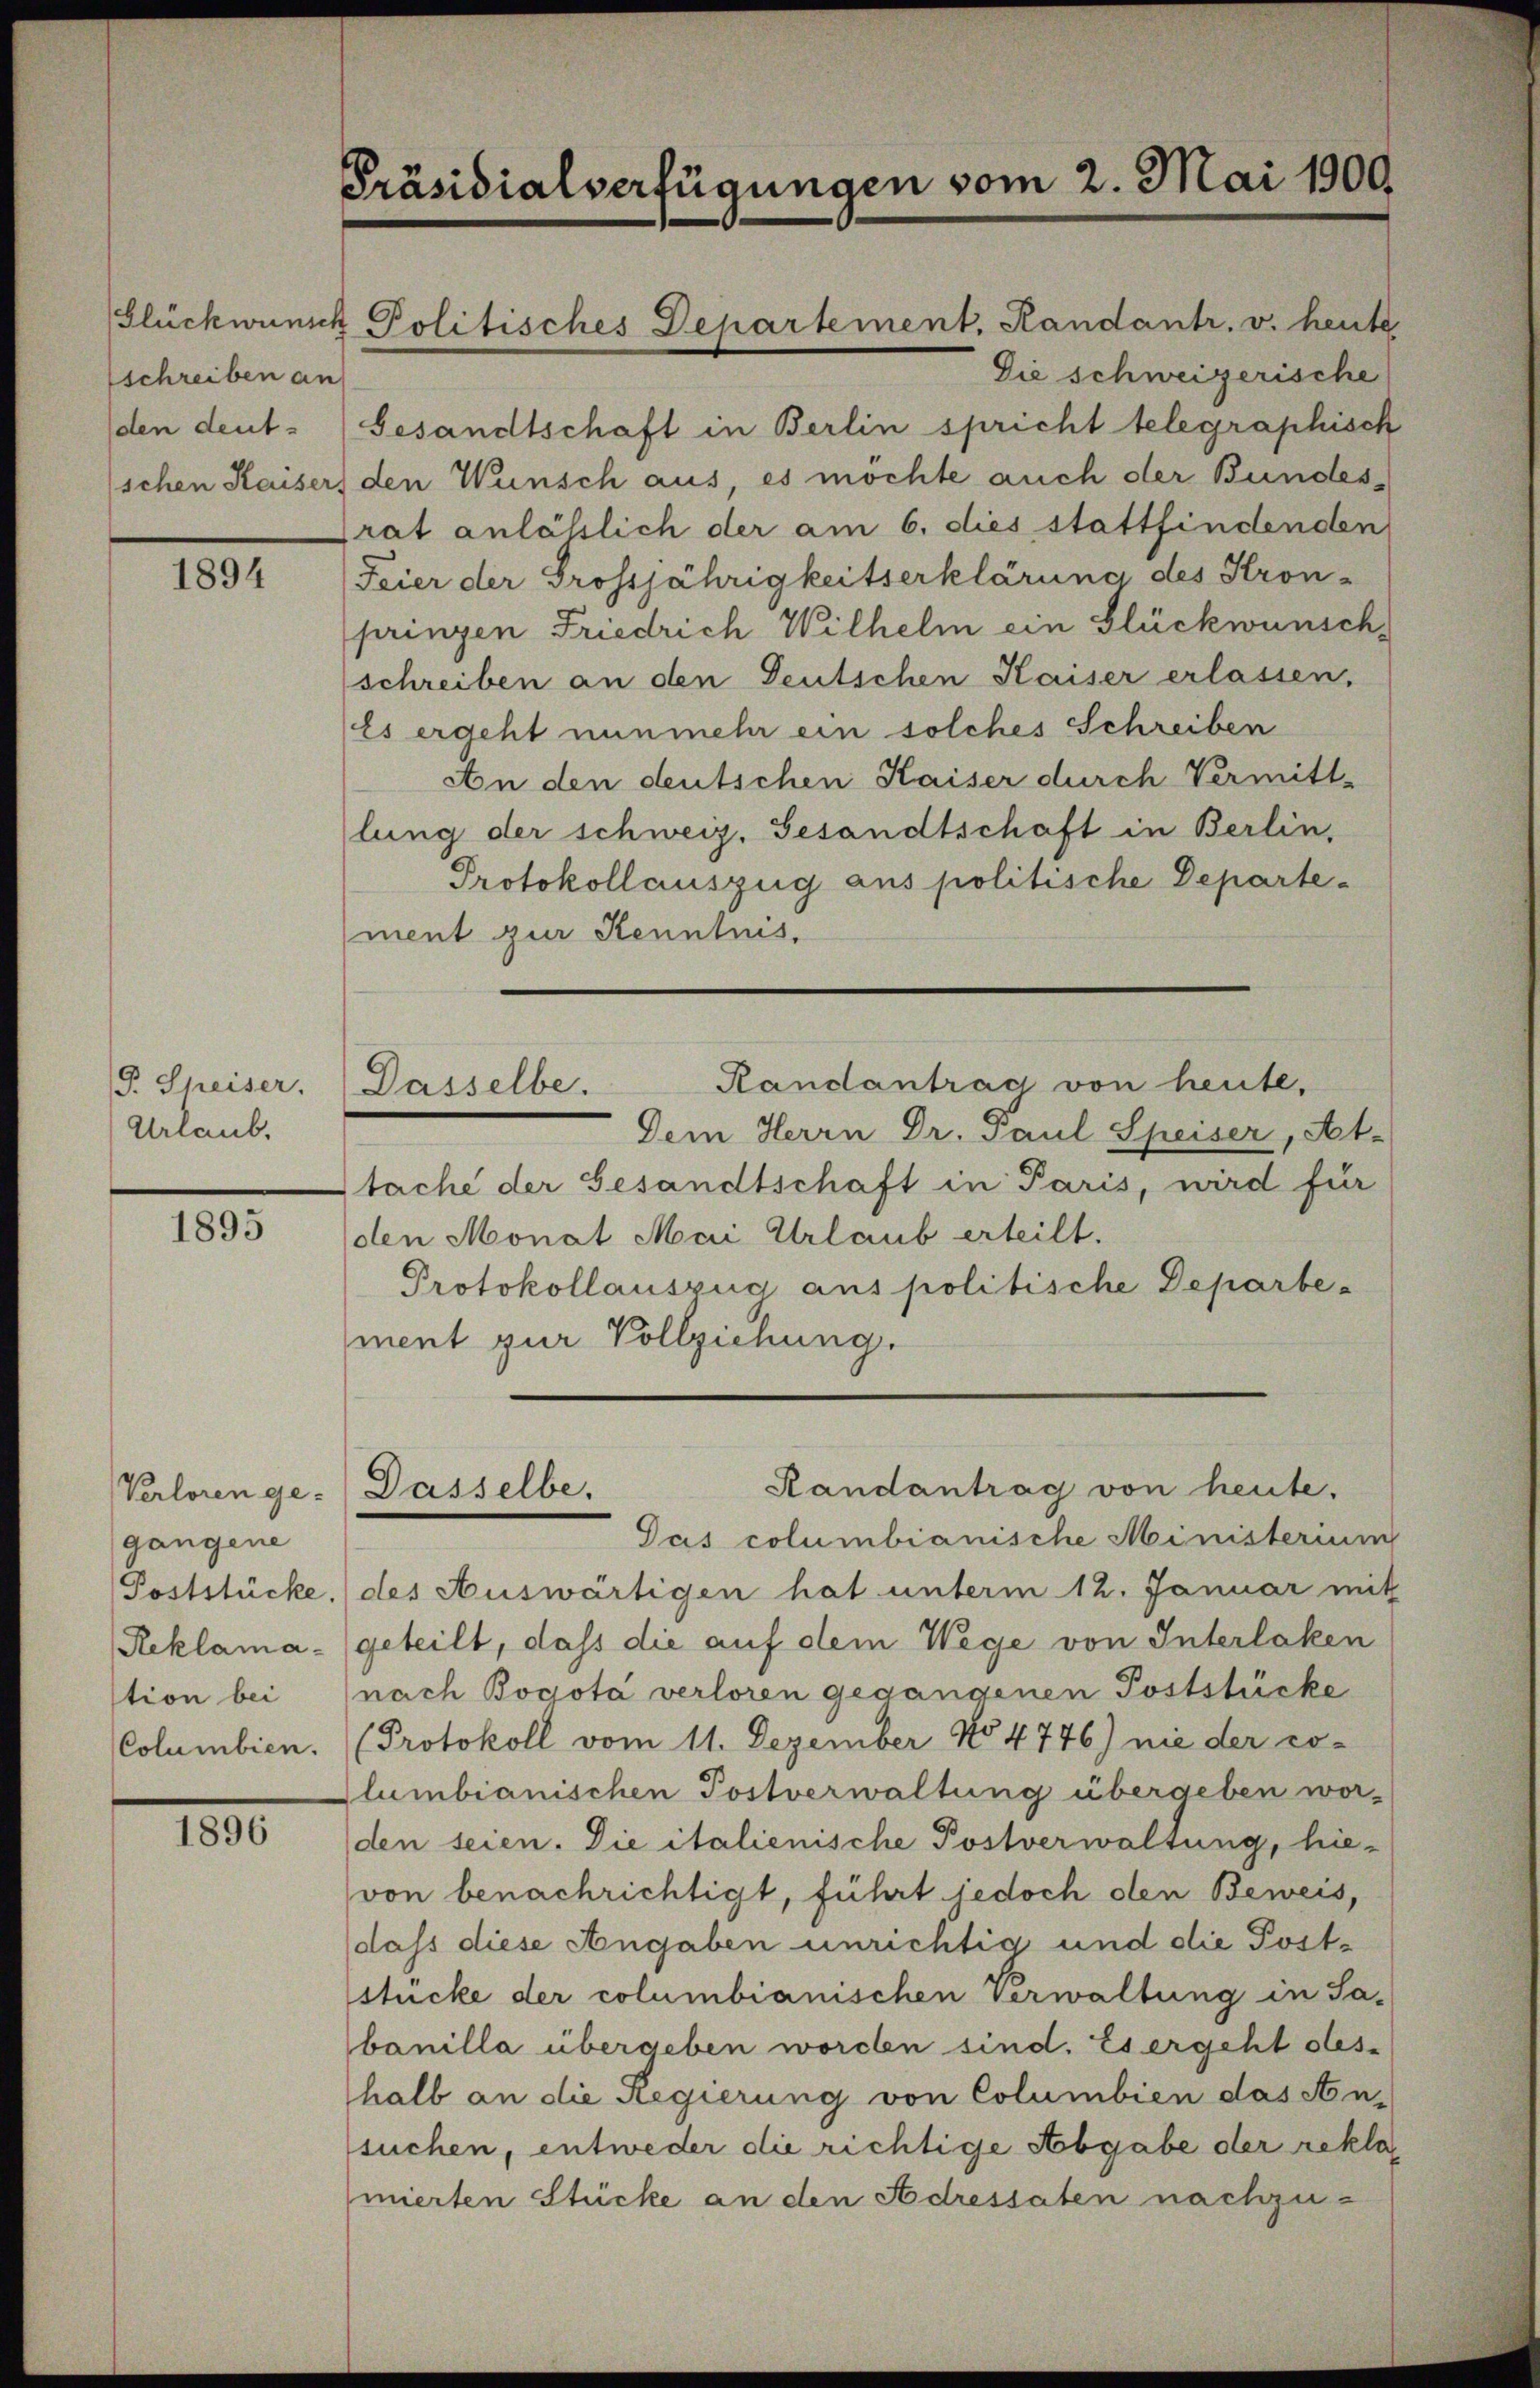
Glückwünsch
sschreiben an
den deut-
schen Kaiser

1894

P. Speiser.
Urlaub.

1895

Verloren ge-
gangene
Poststücke.
Reklamastion bei
Columbien.

1896

Präsidialverfügungen vom 2. Mai 1909

Politisches Departement. Kandantr. v. heute

Dasselbe.

Die schweizerische
Gesandtschaft in Berlin spricht telegraphisch
den Wunsch aus, es möchte auch der Bundesrat anlässlich der am 6. dies stattfindenden
Feier der Grossjährigkeitserklärung des Kron-
prinzen Friedrich Wilhelm ein Glückwünsch
schreiben an den Deutschen Kaiser erlassen,
Es ergeht nunmehr ein solches Schreiben
An den deutschen Kaiser durch Vermitt-
lung der schweiz. Gesandtschaft in Berlin,
Protokollauszug aus politische Departement zur Kenntnus.
Randantrag von heute,
Dem Herrn Dr. Paul Speiser, At-
tache der Gesandtschaft in Paris, wird für
den Monat Mai Urlaub erteilt.
Protokollauszug aus politische Departe-
ment zur Vollziehung.
Randantrag von heute.
Dasselbe,
Gas columbianische Ministerium
des Auswärtigen hat unterm 12. Januar mit
geteilt, dass die auf dem Wege von Interlaken
nach Bogota verloren gegangenen Poststücke
Protokoll vom 11. Dezember No 4746) nie der co-
lumbianischen Postverwaltung übergeben worden seien. Die italienische Postverwaltung, hie-
von benachrichtigt, führt jedoch den Beweis,
dass diese Angaben unrichtig und die Poststücke der columbianischen Verwaltung in Sa-
banilla übergeben worden sind. Es ergeht des-
halb an die Regierung von Columbien das An-
suchen, entweder die richtige Abgabe der rekla
mierten Stücke an den Adressaten nachzu¬